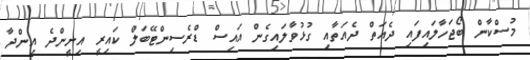
މުސްކާން ބޯޖަހާލައިފައި ދެއަތް ދެއަތާއި ގުޅުވާލައިގެން އައިސް ޑްރެސިންޓޭބަލް ކައިރީ އިށީންދެ އިންދާ